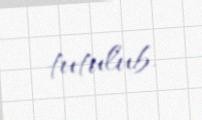
tutulub.